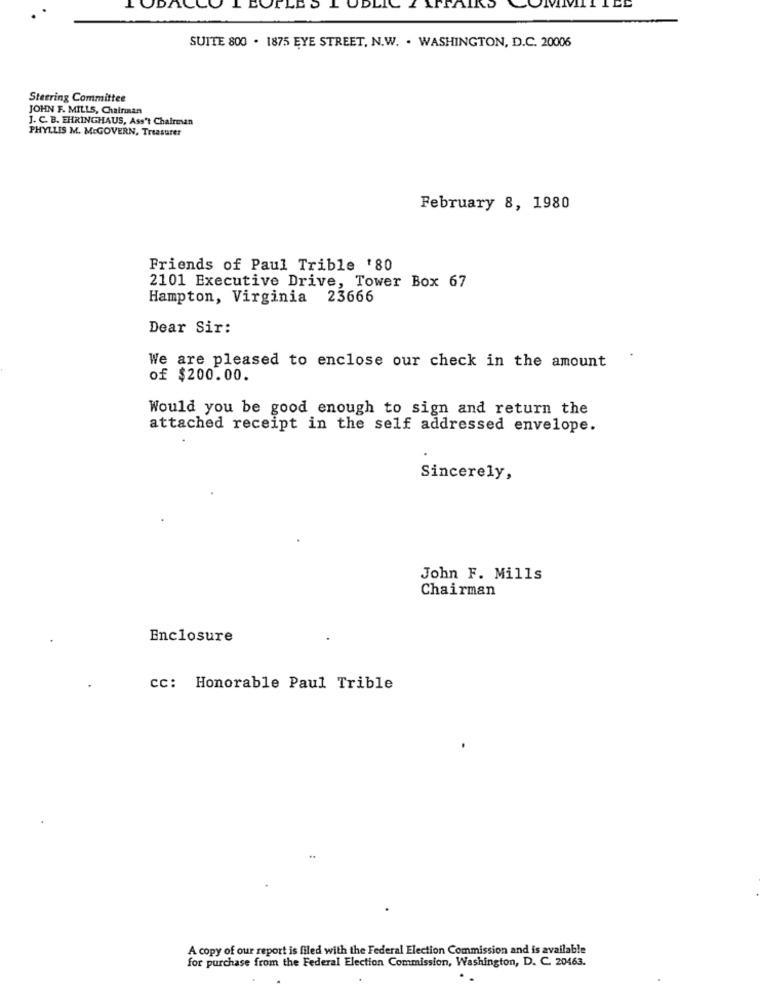
DAC
L EOFLLO
. ODLIC Z ATTAIRD
SUITE 800 . 1875 EYE STREET, N.W. . WASHINGTON, D.C. 20006
Steering Committee
JOHN F. MILLS, Chairman
J. C. B. EHRINGHAUS, Ass't Chairman
PHYLLIS M. McGOVERN, Treasurer
February 8, 1980
Friends of Paul Trible '80
2101 Executive Drive, Tower Box 67
Hampton, Virginia 23666
Dear Sir:
We are pleased to enclose our check in the amount
of $200.00.
Would you be good enough to sign and return the
attached receipt in the self addressed envelope.
Sincerely,
John F. Mills
Chairman
Enclosure
cc: Honorable Paul Trible
A copy of our report is filed with the Federal Election Commission and is available
for purchase from the Federal Election Commission, Washington, D. C. 20463.